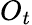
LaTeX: O_{t}